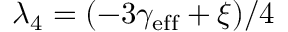
\lambda _ { 4 } = ( - 3 \gamma _ { \mathrm { e f f } } + \xi ) / 4